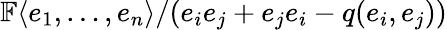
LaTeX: \mathbb{F}\langle e_{1},\ldots,e_{n}\rangle/(e_{i}e_{j}+e_{j}e_{i}-q(e_{i},e_{j}))